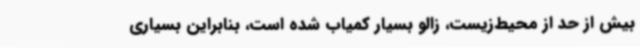
بیش از حد از محیط‌زیست، زالو بسیار کمیاب شده است، بنابراین بسیاری